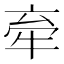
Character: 𪺮